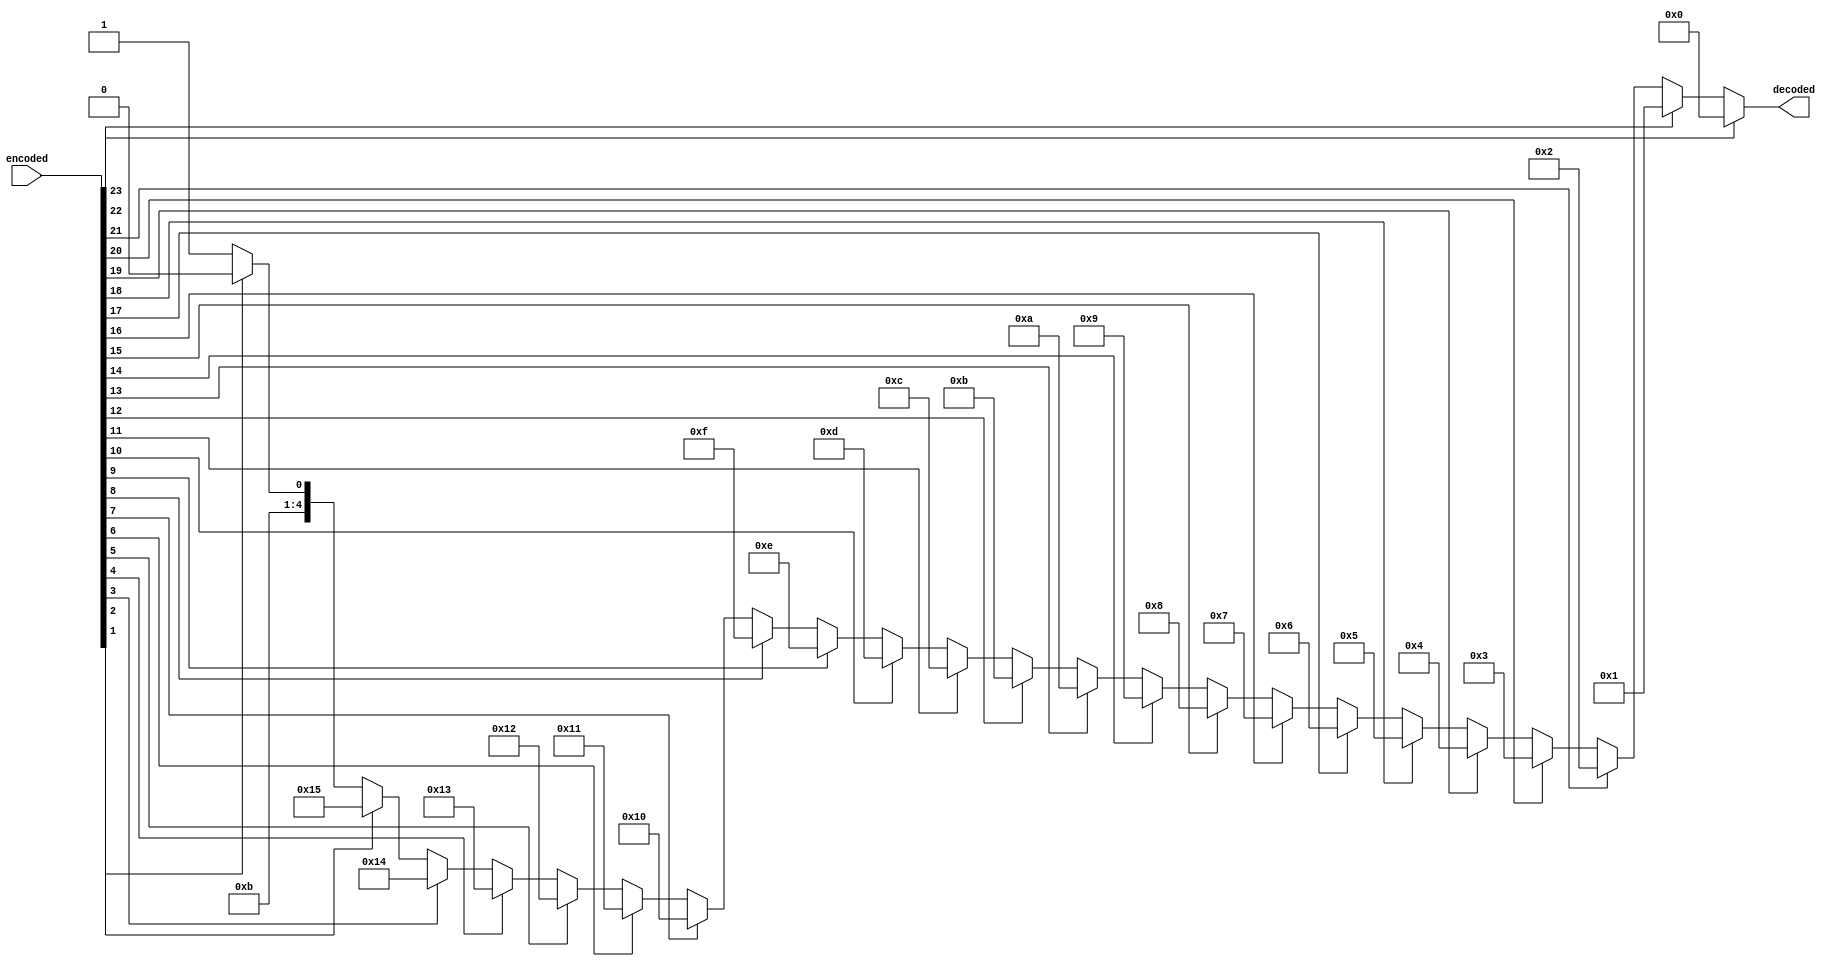
module priority_enc24 (
    encoded,
    decoded
);

input [23:0] encoded;
output reg [4:0] decoded;

reg [4:0] i;

always @(*) begin
    decoded = 23;
    for (i = 0; i < 24; i = i + 1'b1) begin
        if (encoded[i] == 1) begin
            decoded = 5'd23 - i;
        end
    end
end

endmodule